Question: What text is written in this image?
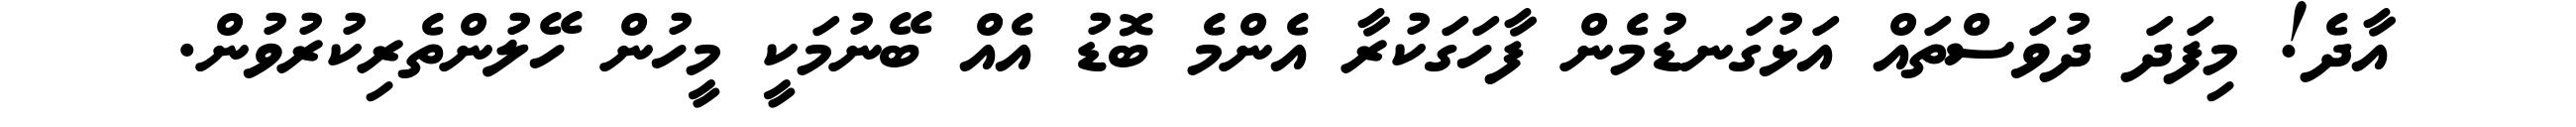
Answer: އާދެ! މިފަދަ ދުވަސްތައް އަޅުގަނޑުމެން ފާހަގަކުރާ އެންމެ ބޮޑު އެއް ބޭނުމަކީ މީހުން ހޭލުންތެރިކުރުވުން.